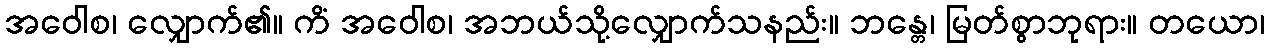
အဝေါစ၊ လျှောက်၏။ ကိံ အဝေါစ၊ အဘယ်သို့လျှောက်သနည်း။ ဘန္တေ၊ မြတ်စွာဘုရား။ တယော၊